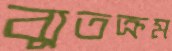
ব্যুতক্রম